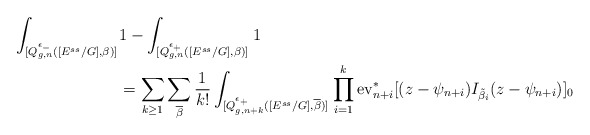
\begin{align*}\int_{[Q^{\epsilon_{-}}_{g,n}([E^{ss}/G],\beta)]^{}}&1-\int_{[Q^{\epsilon_{+}}_{g,n}([E^{ss}/G],\beta)]^{}}1\\&=\sum_{k\geq 1}\sum_{\overline{\beta}}\dfrac{1}{k!}\int_{[Q^{\epsilon_{+}}_{g,n+k}([E^{ss}/G],\overline{\beta})]^{}}\prod_{i=1}^{k}\mathrm{ev}^*_{n+i}[(z-\psi_{n+i})I_{\tilde{\beta}_i}(z-\psi_{n+i})]_0\end{align*}